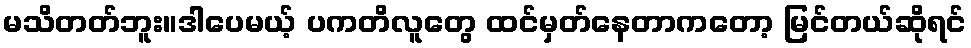
မသိတတ်ဘူး။ဒါပေမယ့် ပကတိလူတွေ ထင်မှတ်နေတာကတော့ မြင်တယ်ဆိုရင်